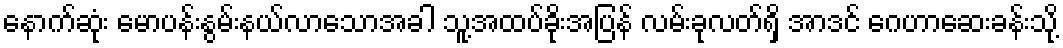
နောက်ဆုံး မောပန်းနွမ်းနယ်လာသောအခါ သူ့အထပ်ခိုးအပြန် လမ်းခုလတ်ရှိ အာဒင် ဂေဟာဆေးခန်းသို့